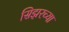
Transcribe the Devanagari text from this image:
सिझरच्या